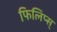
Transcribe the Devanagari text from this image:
फिलिप्स्